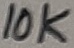
Text: 10K